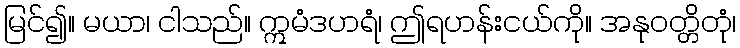
မြင်၍။ မယာ၊ ငါသည်။ ဣမံဒဟရံ၊ ဤရဟန်းငယ်ကို။ အနုဝတ္တိတုံ၊